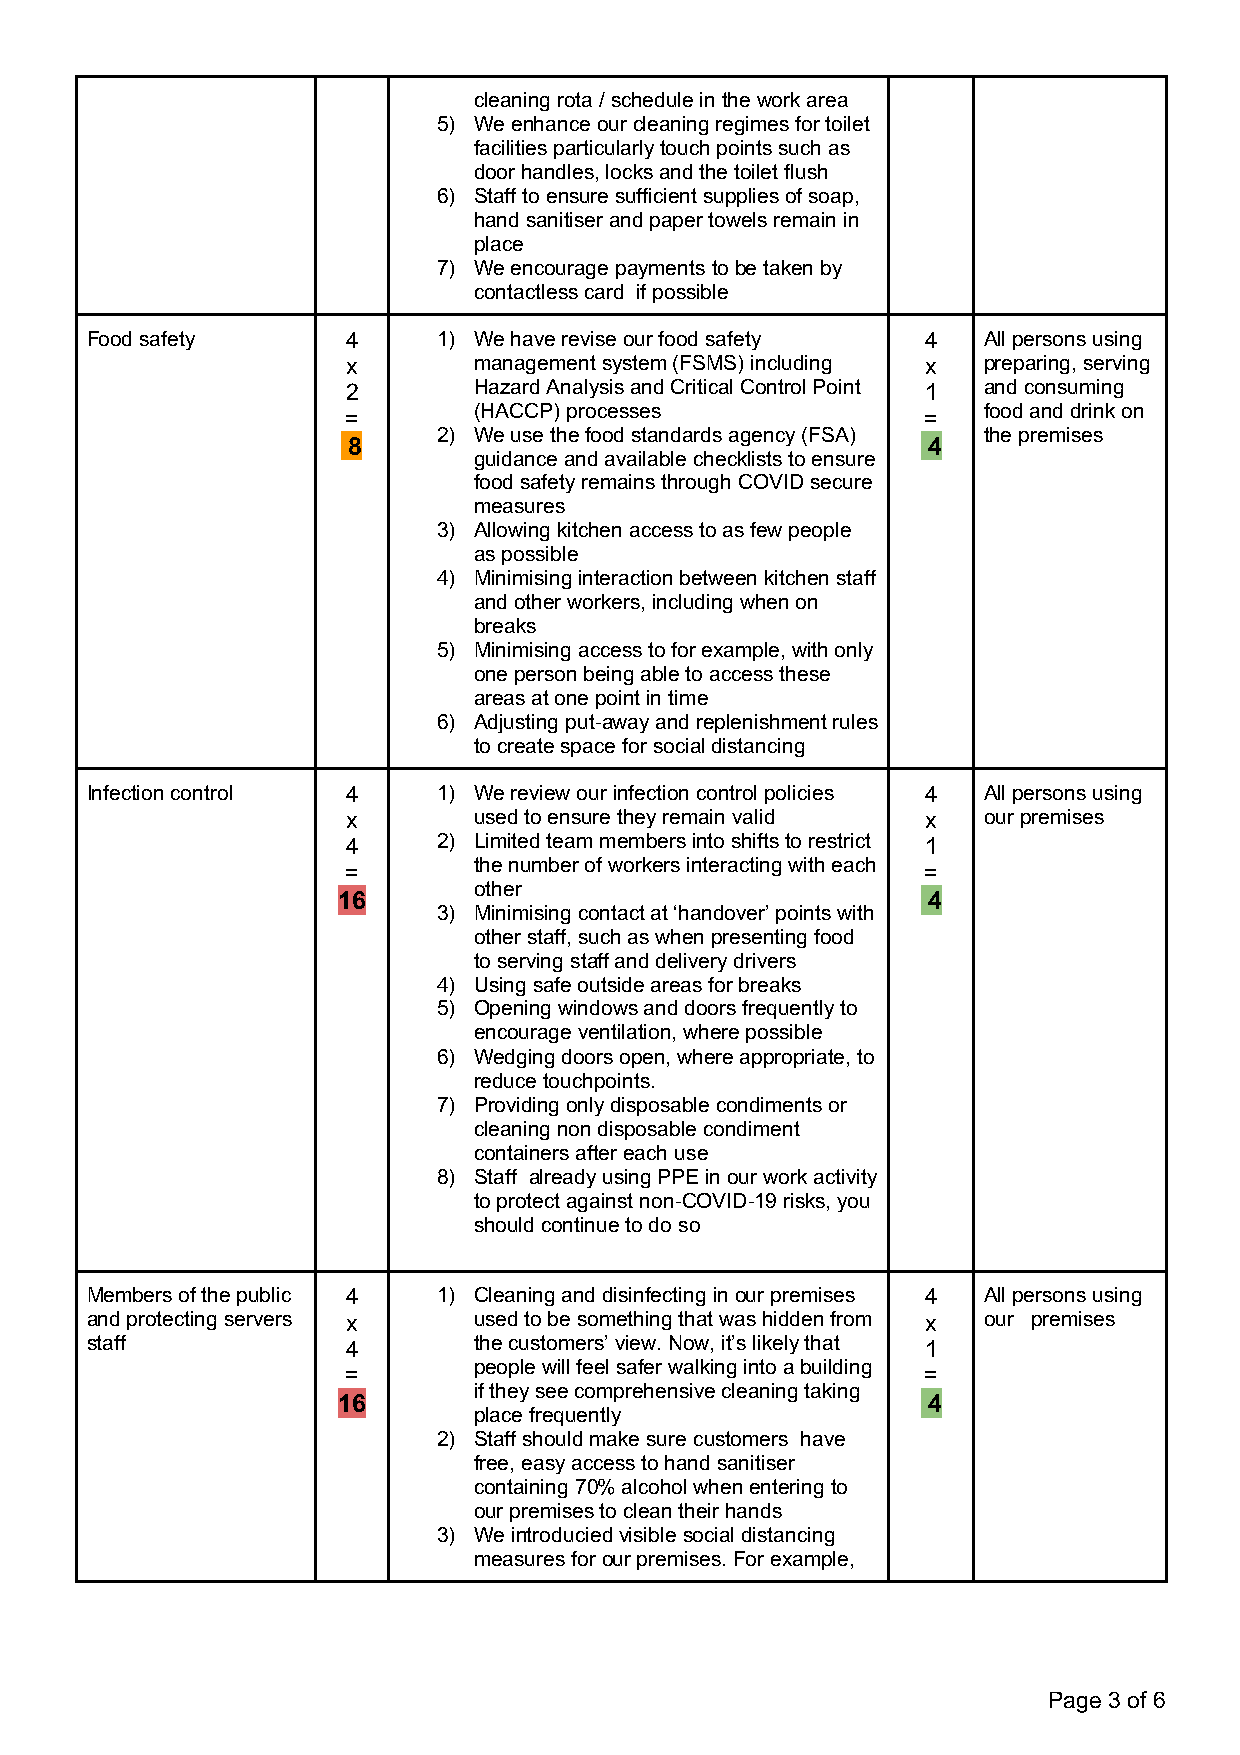
cleaning rota / schedule in the work area
 5) We enhance our cleaning regimes for toilet
 facilities particularly touch points such as
 door handles, locks and the toilet flush
 6) Staff to ensure sufficient supplies of soap,
 hand sanitiser and paper towels remain in
 place
 7) We encourage payments to be taken by
 contactless card if possible
 Food safety      4     1) We have revise our food safety 4 All persons using
 x       management system (FSMS) including x preparing, serving
 2       Hazard Analysis and Critical Control Point 1 and consuming
 (HACCP) processes                 food and drink on
 =                                     =
 2) We use the food standards agency (FSA) the premises
 8                                     4
 guidance and available checklists to ensure
 food safety remains through COVID secure
 measures
 3) Allowing kitchen access to as few people
 as possible
 4) Minimising interaction between kitchen staff
 and other workers, including when on
 breaks
 5) Minimising access to for example, with only
 one person being able to access these
 areas at one point in time
 6) Adjusting put-away and replenishment rules
 to create space for social distancing
 Infection control 4    1) We review our infection control policies 4 All persons using
 x       used to ensure they remain valid x our premises
 4     2) Limited team members into shifts to restrict 1
 the number of workers interacting with each
 =                                     =
 other
 16                                     4
 3) Minimising contact at ‘handover’ points with
 other staff, such as when presenting food
 to serving staff and delivery drivers
 4) Using safe outside areas for breaks
 5) Opening windows and doors frequently to
 encourage ventilation, where possible
 6) Wedging doors open, where appropriate, to
 reduce touchpoints.
 7) Providing only disposable condiments or
 cleaning non disposable condiment
 containers after each use
 8) Staff already using PPE in our work activity
 to protect against non-COVID-19 risks, you
 should continue to do so
 Members of the public 4 1) Cleaning and disinfecting in our premises 4 All persons using
 and protecting servers x used to be something that was hidden from x our premises
 staff            4       the customers’ view. Now, it’s likely that 1
 people will feel safer walking into a building
 =                                     =
 if they see comprehensive cleaning taking
 16                                     4
 place frequently
 2) Staff should make sure customers have
 free, easy access to hand sanitiser
 containing 70% alcohol when entering to
 our premises to clean their hands
 3) We introducied visible social distancing
 measures for our premises. For example,
 Page 3 of 6